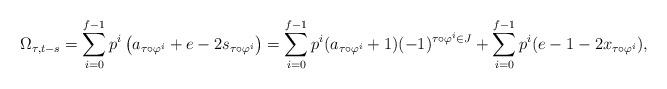
LaTeX: \begin{align*}\Omega_{\tau,t-s} = \sum_{i=0}^{f-1} p^i\left( a_{\tau \circ \varphi^i} + e- 2s_{\tau \circ \varphi^i}\right) = \sum_{i=0}^{f-1}p^i (a_{\tau \circ \varphi^i}+1)(-1)^{\tau \circ \varphi^i \in J} + \sum_{i=0}^{f-1} p^i (e -1 -2 x_{\tau \circ \varphi^i}),\end{align*}